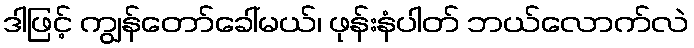
ဒါဖြင့် ကျွန်တော်ခေါ်မယ်၊ ဖုန်းနံပါတ် ဘယ်လောက်လဲ